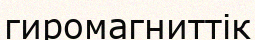
гиромагниттік